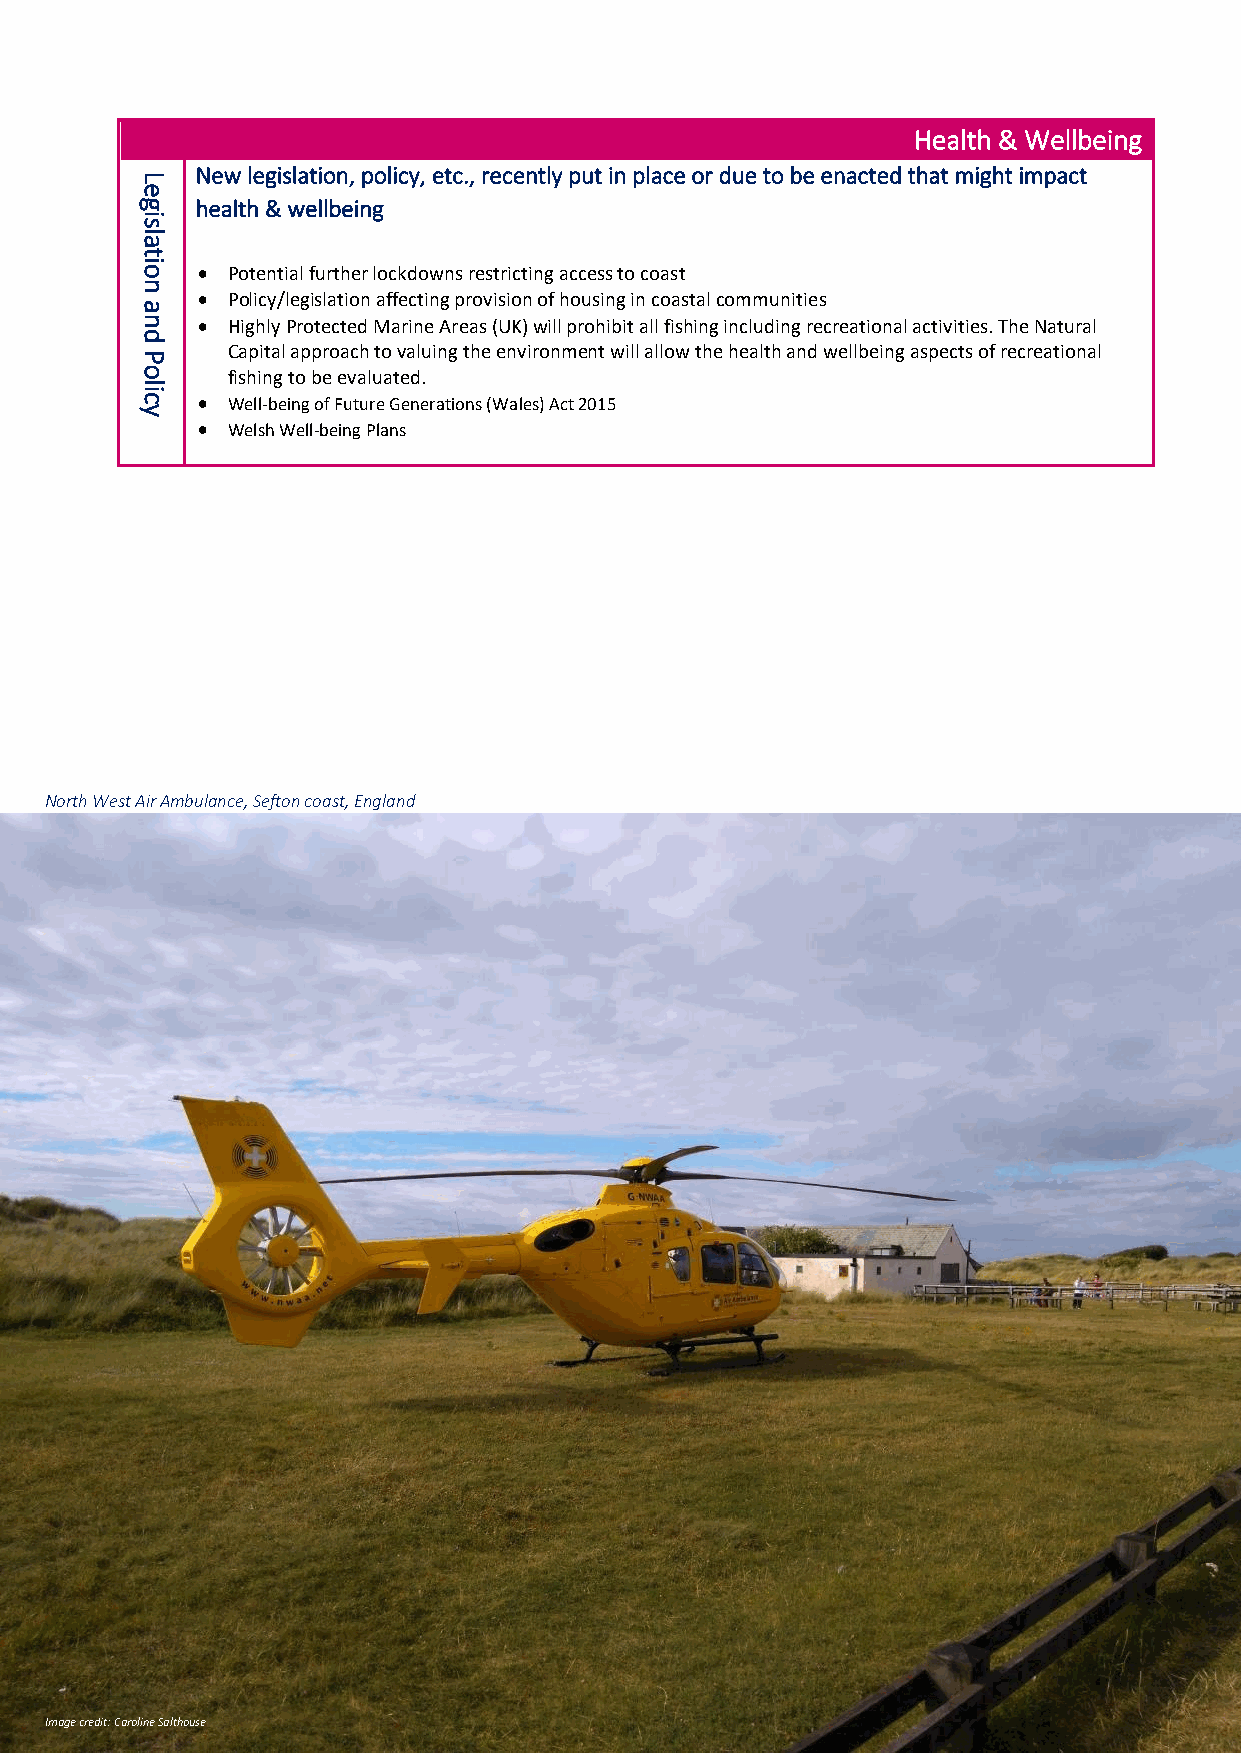
Health & Wellbeing
 New legislation, policy, etc., recently put in place or due to be enacted that might impact
 L
 e
 g   health & wellbeing
 i
 s
 la
 t
 io  • Potential further lockdowns restricting access to coast
 n
 • Policy/legislation affecting provision of housing in coastal communities
 a
 n   • Highly Protected Marine Areas (UK) will prohibit all fishing including recreational activities. The Natural
 d
 Capital approach to valuing the environment will allow the health and wellbeing aspects of recreational
 P
 o     fishing to be evaluated.
 lic
 • Well-being of Future Generations (Wales) Act 2015
 y
 • Welsh Well-being Plans
 North West Air Ambulance, Sefton coast, England
 Image credit: Caroline Salthouse